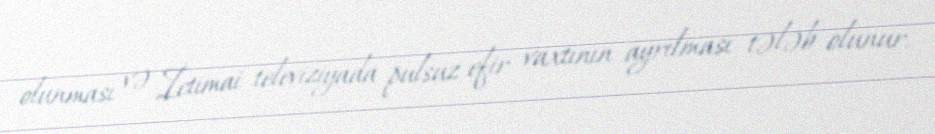
olunması və İctimai televiziyada pulsuz efir vaxtının ayrılması tələb olunur.